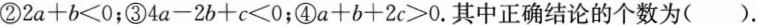
②$$2a+b<0$$；③$$4a-2b+c＜0$$；④$$a+b+2c＞0$$.其中正确结论的个数为()。